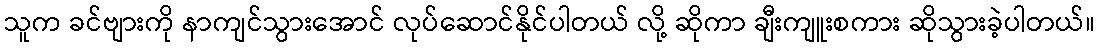
သူက ခင်ဗျားကို နာကျင်သွားအောင် လုပ်ဆောင်နိုင်ပါတယ် လို့ ဆိုကာ ချီးကျူးစကား ဆိုသွားခဲ့ပါတယ်။